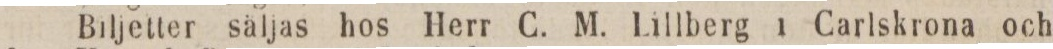
Biljetter saljas hos Herr C. M. Lillberg i Carlskrona och